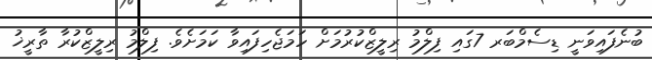
ބުނެފައިވަނީ ޑިސެމްބަރ 7ގައި ފިލްމު ރިލީޒްކުރުމަށް ހަމަޖެހިފައިވާ ކަމަށެވެ. ފިލްމު ރިލީޒްކުރާ ތާރީޚު